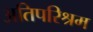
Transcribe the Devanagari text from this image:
अतिपरिश्रम